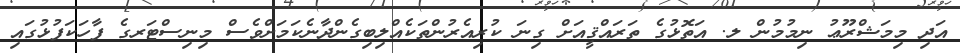
އަދި މިމަޝްރޫޢު ނިމުމުން ލ. އަތޮޅުގެ ތަރައްޤީއަށް ގިނަ ކުރިއެރުންތަކެއްލިބިގެންދާނެކަމަށްވެސް މިނިސްޓަރގެ ފާހަކަފުޅުގައި